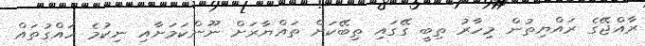
ރާއްޖޭގެ ރައްޔިތުން މިހާރު ތިބީ ގޭގައި ތިބޭކަށް ތައްޔާރަށް ނޫންކަމަށާއި ނިކުމެ ހައްގުތައް